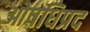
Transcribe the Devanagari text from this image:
ओषधिप्रद